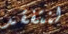
لنتفقد